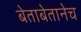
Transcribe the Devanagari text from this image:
बेताबेतानेच